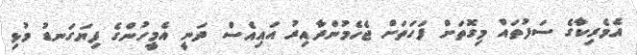
އެމެރިކާގެ ސަފުތައް މިގޮތަށް ފަހަތަށް ޖެހެމުންދާއިރު އައިއެސް ދަނީ އެމީހުންގެ ފިޔަގަނޑު މުޅި